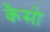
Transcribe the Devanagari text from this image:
कैसो